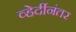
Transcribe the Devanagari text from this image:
व्हेर्दीनंतर